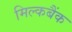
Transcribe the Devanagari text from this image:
मिल्कबैंक